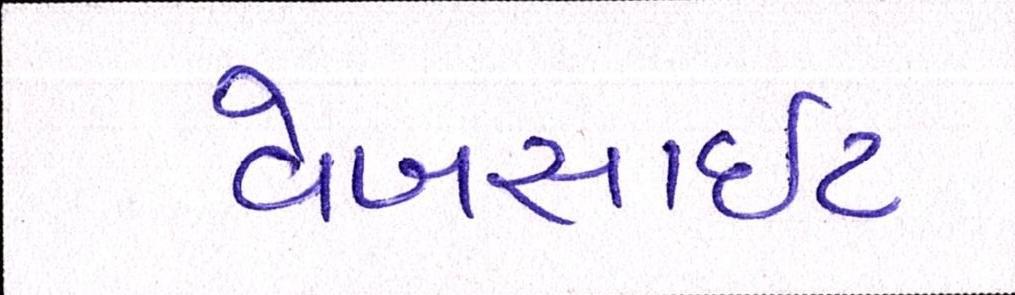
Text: વેબસાઈટ